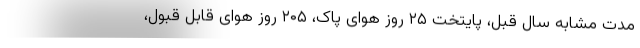
مدت مشابه سال قبل، پایتخت ۲۵ روز هوای پاک، ۲۰۵ روز هوای قابل قبول،